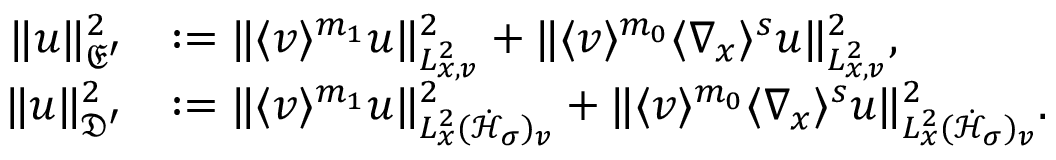
\begin{array} { r l } { \| u \| _ { \mathfrak E ^ { \prime } } ^ { 2 } } & { : = \| \langle v \rangle ^ { m _ { 1 } } u \| _ { L _ { x , v } ^ { 2 } } ^ { 2 } + \| \langle v \rangle ^ { m _ { 0 } } \langle \nabla _ { x } \rangle ^ { s } u \| _ { L _ { x , v } ^ { 2 } } ^ { 2 } , } \\ { \| u \| _ { \mathfrak D ^ { \prime } } ^ { 2 } } & { : = \| \langle v \rangle ^ { m _ { 1 } } u \| _ { L _ { x } ^ { 2 } ( \dot { \mathcal H } _ { \sigma } ) _ { v } } ^ { 2 } + \| \langle v \rangle ^ { m _ { 0 } } \langle \nabla _ { x } \rangle ^ { s } u \| _ { L _ { x } ^ { 2 } ( \dot { \mathcal H } _ { \sigma } ) _ { v } } ^ { 2 } . } \end{array}